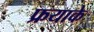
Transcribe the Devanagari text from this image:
फ्रयाके